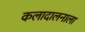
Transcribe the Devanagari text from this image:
कलादालनाला